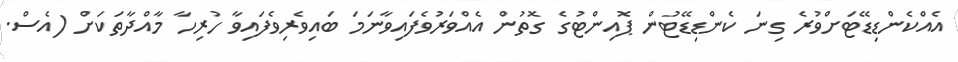
އެއްކެންޑިޑޭޓަށްވުރެ ގިނަ ކެންޑިޑޭޓުން ޕޮއިންޓުގެ ގޮތުން އެއްވަރުވެފައިވާނަމަ ބައިވެރިވެފައިވާ ހުރިހާ މާއްދާތަކަށް (އެސް.